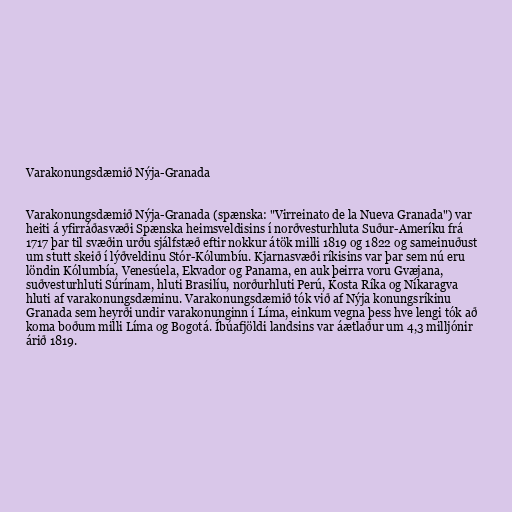
Varakonungsdæmið Nýja-Granada

Varakonungsdæmið Nýja-Granada (spænska: "Virreinato de la Nueva Granada") var
heiti á yfirráðasvæði Spænska heimsveldisins í norðvesturhluta Suður-Ameríku frá
1717 þar til svæðin urðu sjálfstæð eftir nokkur átök milli 1819 og 1822 og sameinuðust
um stutt skeið í lýðveldinu Stór-Kólumbíu. Kjarnasvæði ríkisins var þar sem nú eru
löndin Kólumbía, Venesúela, Ekvador og Panama, en auk þeirra voru Gvæjana,
suðvesturhluti Súrínam, hluti Brasilíu, norðurhluti Perú, Kosta Ríka og Níkaragva
hluti af varakonungsdæminu. Varakonungsdæmið tók við af Nýja konungsríkinu
Granada sem heyrði undir varakonunginn í Líma, einkum vegna þess hve lengi tók að
koma boðum milli Líma og Bogotá. Íbúafjöldi landsins var áætlaður um 4,3 milljónir
árið 1819.